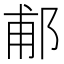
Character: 郙